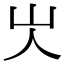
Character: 㞤